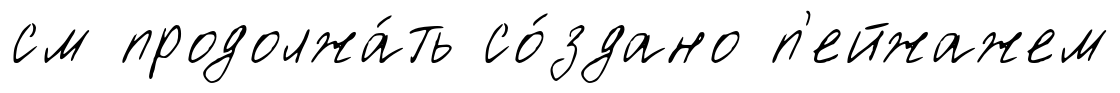
см продолжа́ть со́здано п'ейжажем